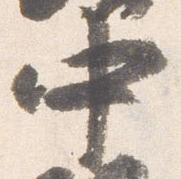
中